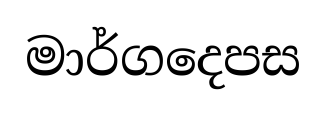
මාර්ගදෙපස